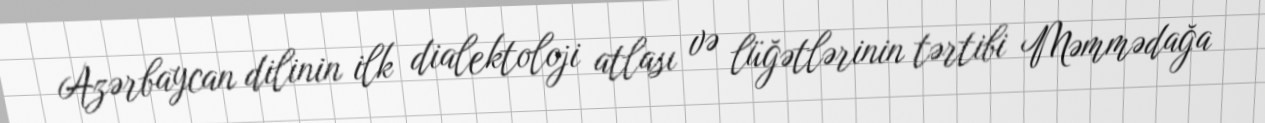
Azərbaycan dilinin ilk dialektoloji atlası və lüğətlərinin tərtibi Məmmədağa